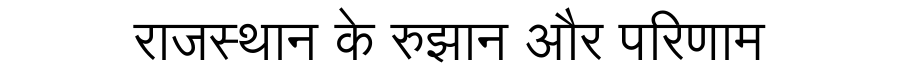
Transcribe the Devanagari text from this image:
राजस्थान के रुझान और परिणाम